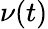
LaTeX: \nu(t)